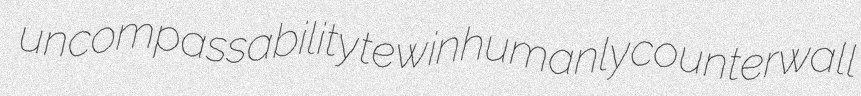
uncompassability tew inhumanly counterwall